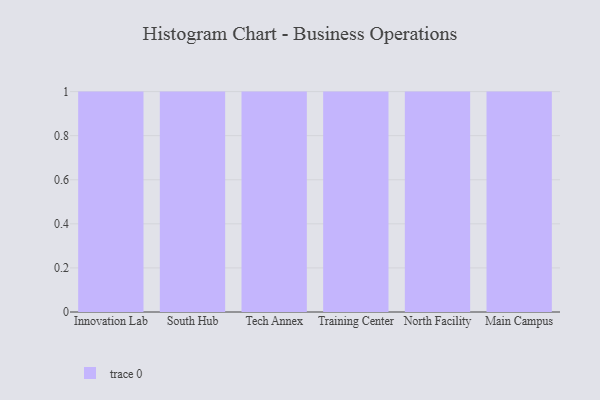
{"axis": {"x": "Campus", "y": "Waste Production (Tons)"}, "legend": [""], "data": [{"x": "Innovation Lab", "y": 28, "type": ""}, {"x": "South Hub", "y": 86, "type": ""}, {"x": "Tech Annex", "y": 38, "type": ""}, {"x": "Training Center", "y": 96, "type": ""}, {"x": "North Facility", "y": 2, "type": ""}, {"x": "Main Campus", "y": 4, "type": ""}]}